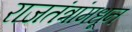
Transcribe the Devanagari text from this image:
राजतंत्रांमधून